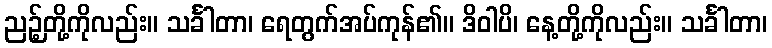
ညဉ့်တို့ကိုလည်း။ သင်္ခါတာ၊ ရေတွက်အပ်ကုန်၏။ ဒိဝါပိ၊ နေ့တို့ကိုလည်း။ သင်္ခါတာ၊